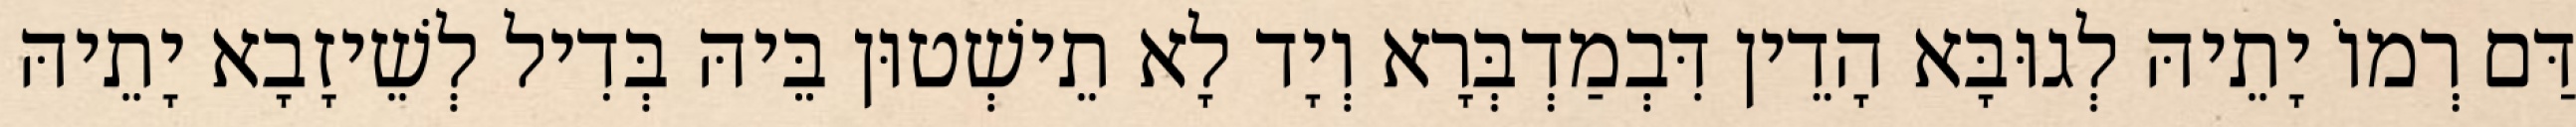
דַּם רְמוֹ יָתֵיהּ לְגוּבָּא הָדֵין דִּבְמַדְבְּרָא וְיָד לָא תֵישְׁטוּן בֵּיהּ בְּדִיל לְשֵׁיזָבָא יָתֵיהּ